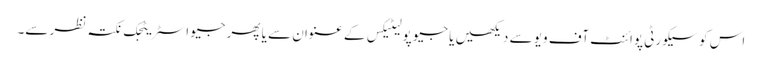
اس کو سیکورٹی پوائنٹ آف ویو سے دیکھیں یا جیو پولیٹیکس کے عنوان سے یا پھر جیو اسٹریٹجک نکتہ نظر سے۔